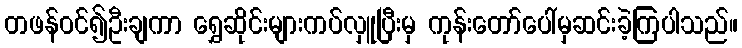
တဖန်ဝင်၍ဦးချကာ ရွှေဆိုင်းများကပ်လှူပြီးမှ ကုန်းတော်ပေါ်မှဆင်းခဲ့ကြပါသည်။